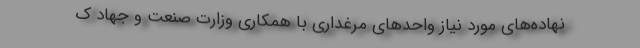
نهاده‌های مورد نیاز واحدهای مرغداری با همکاری وزارت صنعت و جهاد ک